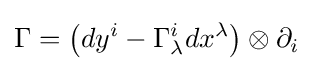
\Gamma =\left(dy^{i}-\Gamma _{\lambda }^{i}dx^{\lambda }\right)\otimes \partial _{i}